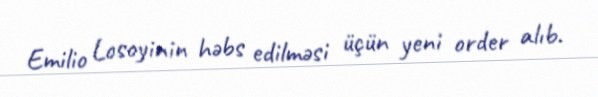
Emilio Losoyinin həbs edilməsi üçün yeni order alıb.